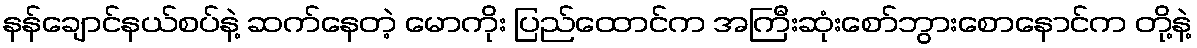
နန်ချောင်နယ်စပ်နဲ့ ဆက်နေတဲ့ မောကိုး ပြည်ထောင်က အကြီးဆုံးစော်ဘွားစောနောင်က တို့နဲ့